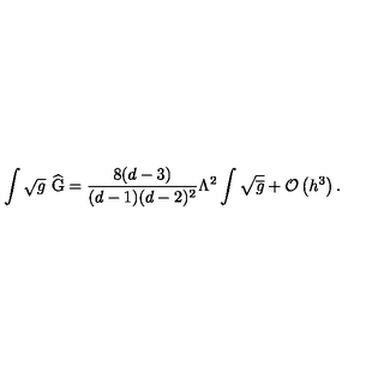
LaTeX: \int \sqrt { g } \ \widehat { \mathrm { G } } = \frac { 8 ( d - 3 ) } { ( d - 1 ) ( d - 2 ) ^ { 2 } } \Lambda ^ { 2 } \int \sqrt { \overline { { g } } } + { \cal O } \left( h ^ { 3 } \right) .